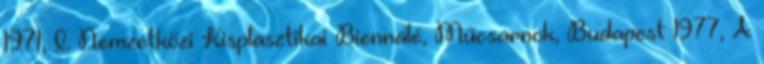
1971, I. Nemzetközi Kisplasztikai Biennálé, Műcsarnok, Budapest 1977, A